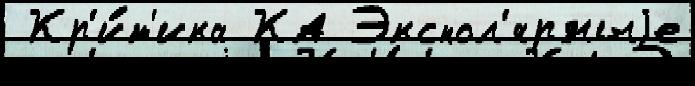
 Кр'и́т'ика КА Экспол'ярныjе